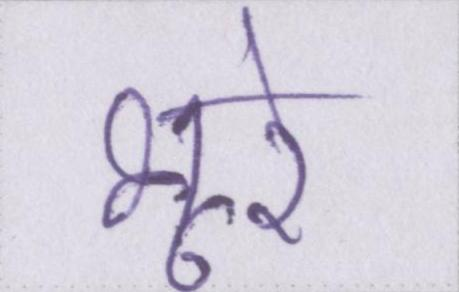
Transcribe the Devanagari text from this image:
भूरे